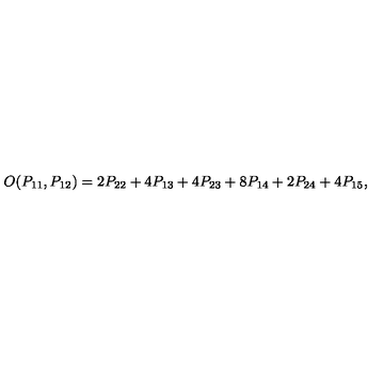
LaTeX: O ( P _ { 1 1 } , P _ { 1 2 } ) = 2 P _ { 2 2 } + 4 P _ { 1 3 } + 4 P _ { 2 3 } + 8 P _ { 1 4 } + 2 P _ { 2 4 } + 4 P _ { 1 5 } ,